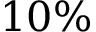
1 0 \%